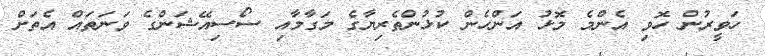
ހަވީރުން ހޮވި އެންމެ މޮޅު އަންހެން ކުޅުންތެރިޔާގެ މަގާމާއި ސޯސިއޭޝަންގެ ވަނަތައް އެތަށް